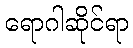
ရောဂါဆိုင်ရာ